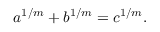
a ^ { 1 / m } + b ^ { 1 / m } = c ^ { 1 / m } .